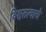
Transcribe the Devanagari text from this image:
विश्वतत्वाचे